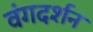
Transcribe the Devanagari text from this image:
वंगदर्शन